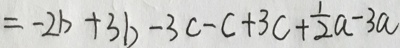
= - 2 b + 3 b - 3 c - c + 3 c + \frac { 1 } { 2 } a - 3 a